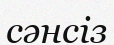
сәнсіз